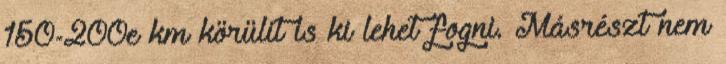
150-200e km körülit is ki lehet fogni. Másrészt nem